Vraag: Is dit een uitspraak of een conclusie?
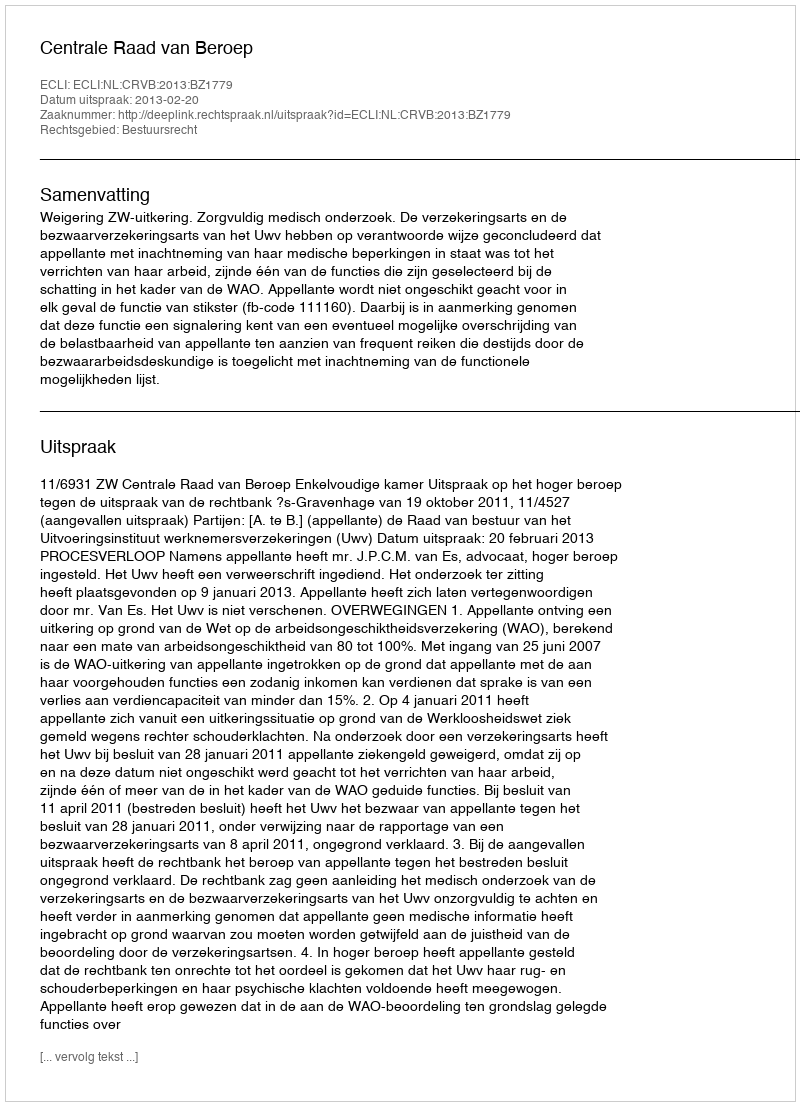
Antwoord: Uitspraak